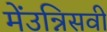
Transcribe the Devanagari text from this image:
मेंउन्निसवीं